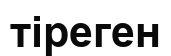
тіреген